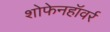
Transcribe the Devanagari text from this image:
शोफेनहॉवर्र